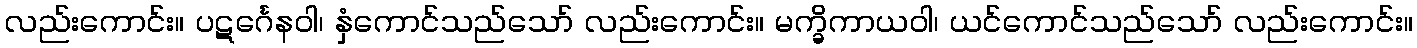
လည်းကောင်း။ ပဋင်္ဂေနဝါ၊ နှံကောင်သည်သော် လည်းကောင်း။ မက္ခိကာယဝါ၊ ယင်ကောင်သည်သော် လည်းကောင်း။